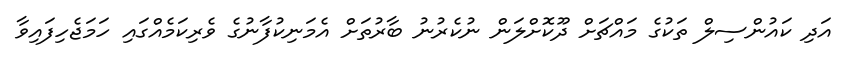
އަދި ކައުންސިލް ތަކުގެ މައްޗަށް ދޫކޮށްލަން ނުކެރުނު ބާރުތަށް އެމަނިކުފާނުގެ ވެރިކަމެއްގައި ހަމަޖެހިފައިވާ